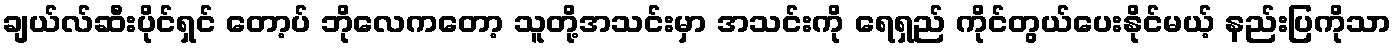
ချယ်လ်ဆီးပိုင်ရှင် တော့ပ် ဘိုလေကတော့ သူတို့အသင်းမှာ အသင်းကို ရေရှည် ကိုင်တွယ်ပေးနိုင်မယ့် နည်းပြကိုသာ